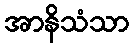
အာနိသံသာ